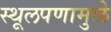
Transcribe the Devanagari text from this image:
स्थूलपणामुळे